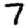
Digit: 7